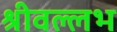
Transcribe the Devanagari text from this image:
श्रीवल्‍लभ